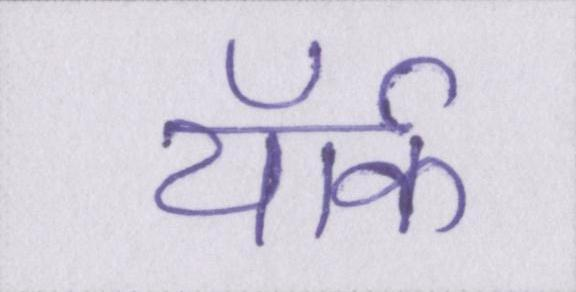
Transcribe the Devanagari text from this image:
यॉर्क